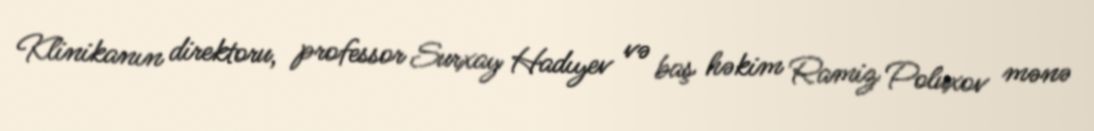
Klinikanın direktoru, professor Surxay Hadıyev və baş həkim Ramiz Poluxov mənə